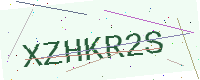
Text: XZHKR2S